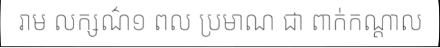
រាម លក្សណ៌១ ពល ប្រមាណ ជា ពាក់កណ្តាល